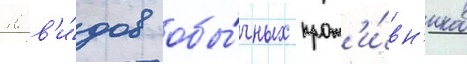
10 в'и́дов обы́чных прот'и́вн'иков